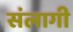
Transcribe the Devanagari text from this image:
संलागी